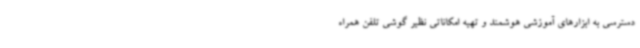
دسترسی به ابزارهای آموزشی هوشمند و تهیه امکاناتی نظیر گوشی تلفن همراه